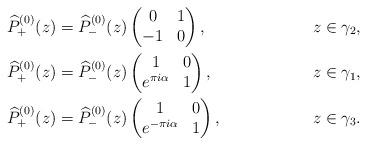
LaTeX: \begin{align*}&\widehat{P}_+^{(0)}(z)=\widehat{P}_-^{(0)}(z)\begin{pmatrix}0&1\\-1&0\end{pmatrix}, &z\in \gamma_2,\\&\widehat{P}_+^{(0)}(z)=\widehat{P}_-^{(0)}(z)\begin{pmatrix}1&0\\e^{\pi i\alpha}&1\end{pmatrix}, &z\in \gamma_1,\\&\widehat{P}_+^{(0)}(z)=\widehat{P}_-^{(0)}(z)\begin{pmatrix}1&0\\e^{-\pi i\alpha}&1\end{pmatrix}, &z\in \gamma_3.\end{align*}